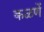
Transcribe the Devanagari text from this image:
कळणें